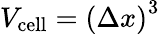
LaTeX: V_{\mathrm{cell}}=\left(\Delta x\right)^{3}